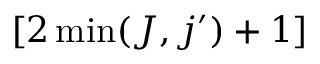
[ 2 \operatorname* { m i n } ( J , j ^ { \prime } ) + 1 ]